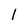
Character: l